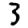
Digit: 3